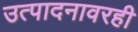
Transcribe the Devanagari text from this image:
उत्पादनावरही